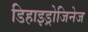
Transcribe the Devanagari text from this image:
डिहाइड्रोजिनेज